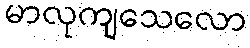
မာလုကျသေလော